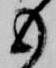
も